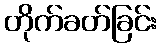
တိုက်ခတ်ခြင်း